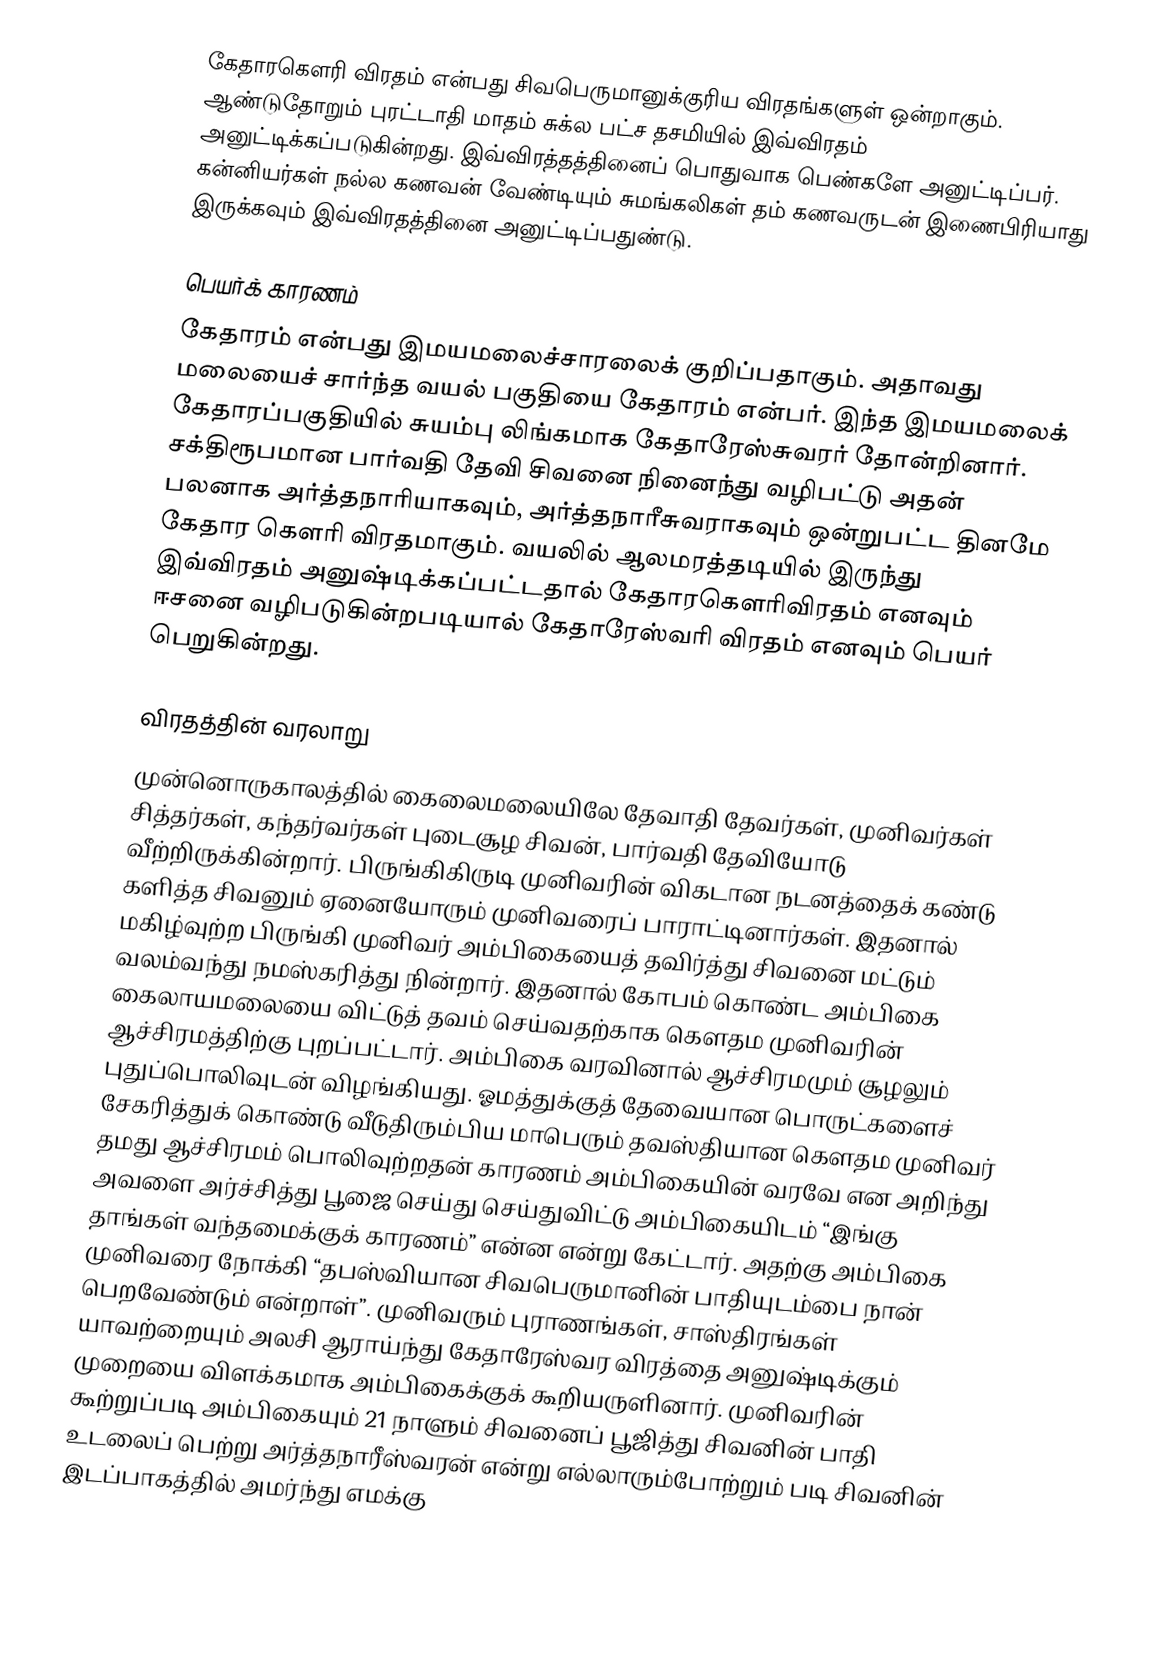
கேதாரகௌரி விரதம் என்பது சிவபெருமானுக்குரிய விரதங்களுள் ஒன்றாகும். ஆண்டுதோறும் புரட்டாதி மாதம் சுக்ல பட்ச தசமியில் இவ்விரதம் அனுட்டிக்கப்படுகின்றது. இவ்விரத்தத்தினைப் பொதுவாக பெண்களே அனுட்டிப்பர். கன்னியர்கள் நல்ல கணவன் வேண்டியும் சுமங்கலிகள் தம் கணவருடன் இணைபிரியாது இருக்கவும் இவ்விரதத்தினை அனுட்டிப்பதுண்டு.

பெயர்க் காரணம்
கேதாரம் என்பது இமயமலைச்சாரலைக் குறிப்பதாகும். அதாவது மலையைச் சார்ந்த வயல் பகுதியை கேதாரம் என்பர். இந்த இமயமலைக் கேதாரப்பகுதியில் சுயம்பு லிங்கமாக கேதாரேஸ்சுவரர் தோன்றினார். சக்திரூபமான பார்வதி தேவி சிவனை நினைந்து வழிபட்டு அதன் பலனாக அர்த்தநாரியாகவும், அர்த்தநாரீசுவராகவும் ஒன்றுபட்ட தினமே கேதார கௌரி விரதமாகும். வயலில் ஆலமரத்தடியில் இருந்து இவ்விரதம் அனுஷ்டிக்கப்பட்டதால் கேதாரகௌரிவிரதம் எனவும் ஈசனை வழிபடுகின்றபடியால் கேதாரேஸ்வரி விரதம் எனவும் பெயர் பெறுகின்றது.

விரதத்தின் வரலாறு
முன்னொருகாலத்தில் கைலைமலையிலே தேவாதி தேவர்கள், முனிவர்கள் சித்தர்கள், கந்தர்வர்கள் புடைசூழ சிவன், பார்வதி தேவியோடு வீற்றிருக்கின்றார். பிருங்கிகிருடி முனிவரின் விகடான நடனத்தைக் கண்டு களித்த சிவனும் ஏனையோரும் முனிவரைப் பாராட்டினார்கள். இதனால் மகிழ்வுற்ற பிருங்கி முனிவர் அம்பிகையைத் தவிர்த்து சிவனை மட்டும் வலம்வந்து நமஸ்கரித்து நின்றார். இதனால் கோபம் கொண்ட அம்பிகை கைலாயமலையை விட்டுத் தவம் செய்வதற்காக கௌதம முனிவரின் ஆச்சிரமத்திற்கு புறப்பட்டார்.  அம்பிகை வரவினால் ஆச்சிரமமும் சூழலும் புதுப்பொலிவுடன் விழங்கியது. ஓமத்துக்குத் தேவையான பொருட்களைச் சேகரித்துக் கொண்டு வீடுதிரும்பிய மாபெரும் தவஸ்தியான கௌதம முனிவர் தமது ஆச்சிரமம் பொலிவுற்றதன் காரணம் அம்பிகையின் வரவே என அறிந்து அவளை அர்ச்சித்து பூஜை செய்து செய்துவிட்டு அம்பிகையிடம் “இங்கு தாங்கள் வந்தமைக்குக் காரணம்” என்ன என்று கேட்டார். அதற்கு அம்பிகை முனிவரை நோக்கி “தபஸ்வியான சிவபெருமானின் பாதியுடம்பை நான் பெறவேண்டும் என்றாள்”. முனிவரும் புராணங்கள், சாஸ்திரங்கள் யாவற்றையும் அலசி ஆராய்ந்து கேதாரேஸ்வர விரத்தை அனுஷ்டிக்கும் முறையை விளக்கமாக அம்பிகைக்குக் கூறியருளினார். முனிவரின் கூற்றுப்படி அம்பிகையும் 21 நாளும் சிவனைப் பூஜித்து சிவனின் பாதி உடலைப் பெற்று அர்த்தநாரீஸ்வரன் என்று எல்லாரும்போற்றும் படி சிவனின் இடப்பாகத்தில் அமர்ந்து எமக்கு